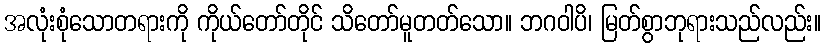
အလုံးစုံသောတရားကို ကိုယ်တော်တိုင် သိတော်မူတတ်သော။ ဘဂဝါပိ၊ မြတ်စွာဘုရားသည်လည်း။